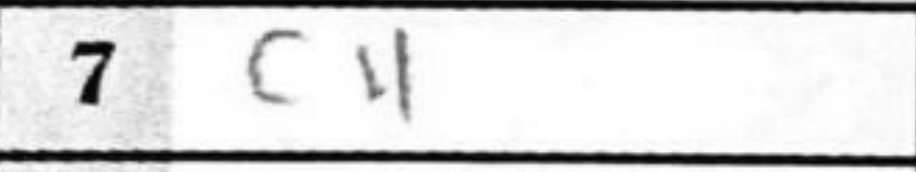
Transcription: c4